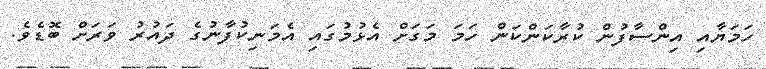
ހަމަޔާއި އިންސާފުން ކުރާކަންކަން ހަމަ މަގަށް އެޅުމުގައި އެމަނިކުފާނުގެ ދައުރު ވަރަށް ބޮޑެވެ.